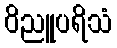
ဝိညူပရိသံ